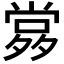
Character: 𡖹